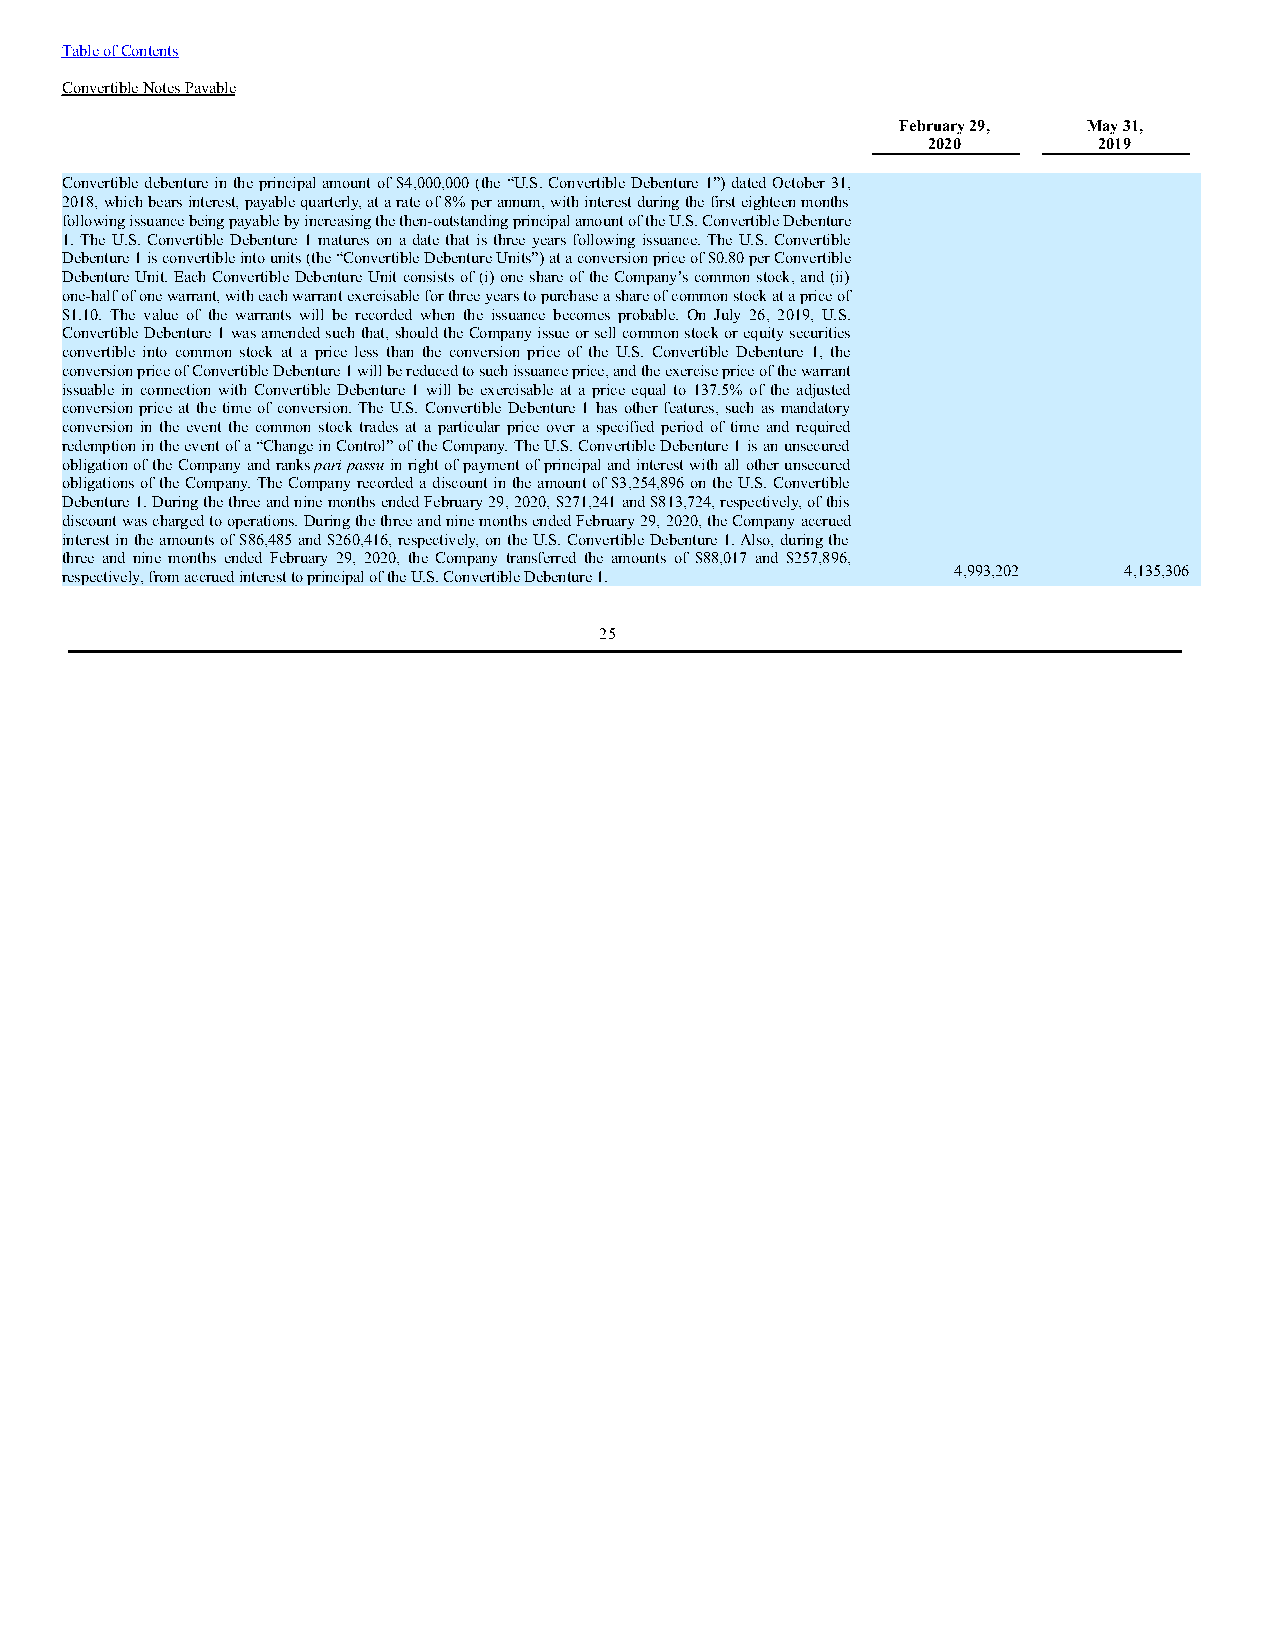
Table of Contents
 Convertible Notes Payable
 February 29, May 31,
 2020        2019
 Convertible debenture in the principal amount of $4,000,000 (the “U.S. Convertible Debenture 1”) dated October 31,
 2018, which bears interest, payable quarterly, at a rate of 8% per annum, with interest during the first eighteen months
 following issuance being payable by increasing the then-outstanding principal amount of the U.S. Convertible Debenture
 1. The U.S. Convertible Debenture 1 matures on a date that is three years following issuance. The U.S. Convertible
 Debenture 1 is convertible into units (the “Convertible Debenture Units”) at a conversion price of $0.80 per Convertible
 Debenture Unit. Each Convertible Debenture Unit consists of (i) one share of the Company’s common stock, and (ii)
 one-half of one warrant, with each warrant exercisable for three years to purchase a share of common stock at a price of
 $1.10. The value of the warrants will be recorded when the issuance becomes probable. On July 26, 2019, U.S.
 Convertible Debenture 1 was amended such that, should the Company issue or sell common stock or equity securities
 convertible into common stock at a price less than the conversion price of the U.S. Convertible Debenture 1, the
 conversion price of Convertible Debenture 1 will be reduced to such issuance price, and the exercise price of the warrant
 issuable in connection with Convertible Debenture 1 will be exercisable at a price equal to 137.5% of the adjusted
 conversion price at the time of conversion. The U.S. Convertible Debenture 1 has other features, such as mandatory
 conversion in the event the common stock trades at a particular price over a specified period of time and required
 redemption in the event of a “Change in Control” of the Company. The U.S. Convertible Debenture 1 is an unsecured
 obligation of the Company and ranks pari passu in right of payment of principal and interest with all other unsecured
 obligations of the Company. The Company recorded a discount in the amount of $3,254,896 on the U.S. Convertible
 Debenture 1. During the three and nine months ended February 29, 2020, $271,241 and $813,724, respectively, of this
 discount was charged to operations. During the three and nine months ended February 29, 2020, the Company accrued
 interest in the amounts of $86,485 and $260,416, respectively, on the U.S. Convertible Debenture 1. Also, during the
 three and nine months ended February 29, 2020, the Company transferred the amounts of $88,017 and $257,896,
 4,993,202  4,135,306
 respectively, from accrued interest to principal of the U.S. Convertible Debenture 1.
 25